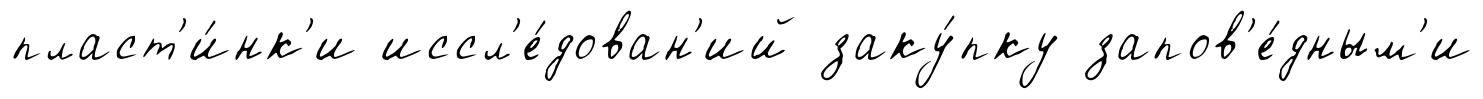
пласт'и́нк'и иссл'е́дован'ий заку́пку запов'е́дным'и